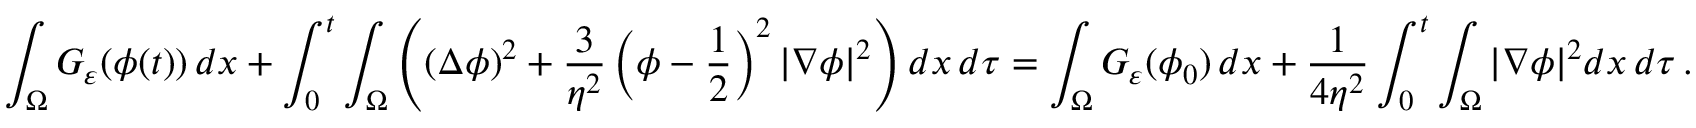
\int _ { \Omega } G _ { \varepsilon } ( \phi ( t ) ) \, d \boldsymbol x + \int _ { 0 } ^ { t } \int _ { \Omega } \left( ( \Delta \phi ) ^ { 2 } + \frac 3 { \eta ^ { 2 } } \left( \phi - \frac 1 2 \right) ^ { 2 } | \nabla \phi | ^ { 2 } \right) d \boldsymbol x \, d \tau = \int _ { \Omega } G _ { \varepsilon } ( \phi _ { 0 } ) \, d \boldsymbol x + \frac 1 { 4 \eta ^ { 2 } } \int _ { 0 } ^ { t } \int _ { \Omega } | \nabla \phi | ^ { 2 } d \boldsymbol x \, d \tau \, .